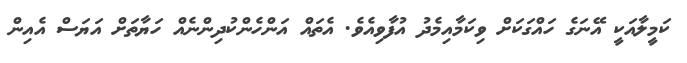
ކަމީލާއަކީ އޭނަގެ ހައްގަކަށް ވިކަމާއިމެދު އުފާވިއެވެ. އެތައް އަންހެންކުދިންނެއް ހަޔާތަށް އަޔަސް އެއިން